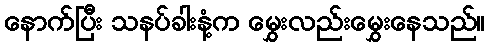
နောက်ပြီး သနပ်ခါးနံ့က မွှေးလည်းမွှေးနေသည်။